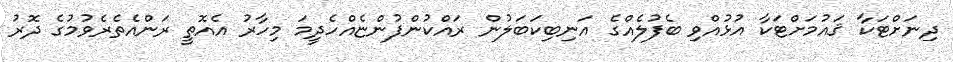
ދިނަށްޓަކާ ޤައުމަށްޓަކާ އުޅުއްވި ބެފުލެއްގެ އަނިބިކަބަލުން ރައްކުންފުންޏެއްހެދީމަ މިހާރު އެއޮތީ ރަންއެތެރެވުމުގެ ދޮރު